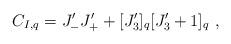
LaTeX: \begin{align*}C_{I,q}=J^\prime_- J^\prime_++[J_3^\prime]_q[J_3^\prime+1]_q~,\end{align*}